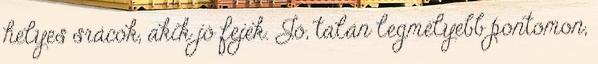
helyes srácok, akik jó fejek. Jó, talán legmélyebb pontomon,